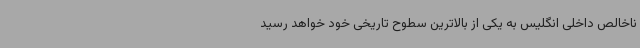
ناخالص داخلی انگلیس به یکی از بالاترین سطوح تاریخی خود خواهد رسید